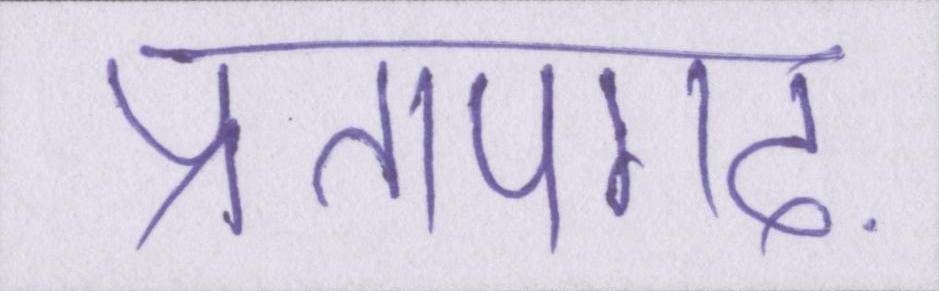
प्रतापगढ़